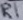
Text: R1